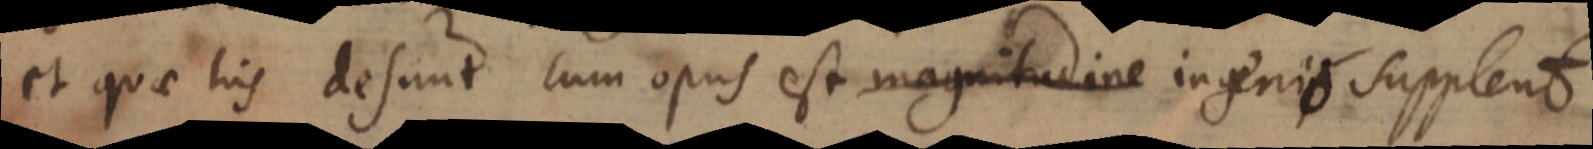
et quae his desunt cum opus est magnitudine ingenio supplent